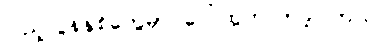
ပြည့်လွန်နှစ်တွေမှာ ပေါ်ထွက်လာခဲ့ပါတယ်။